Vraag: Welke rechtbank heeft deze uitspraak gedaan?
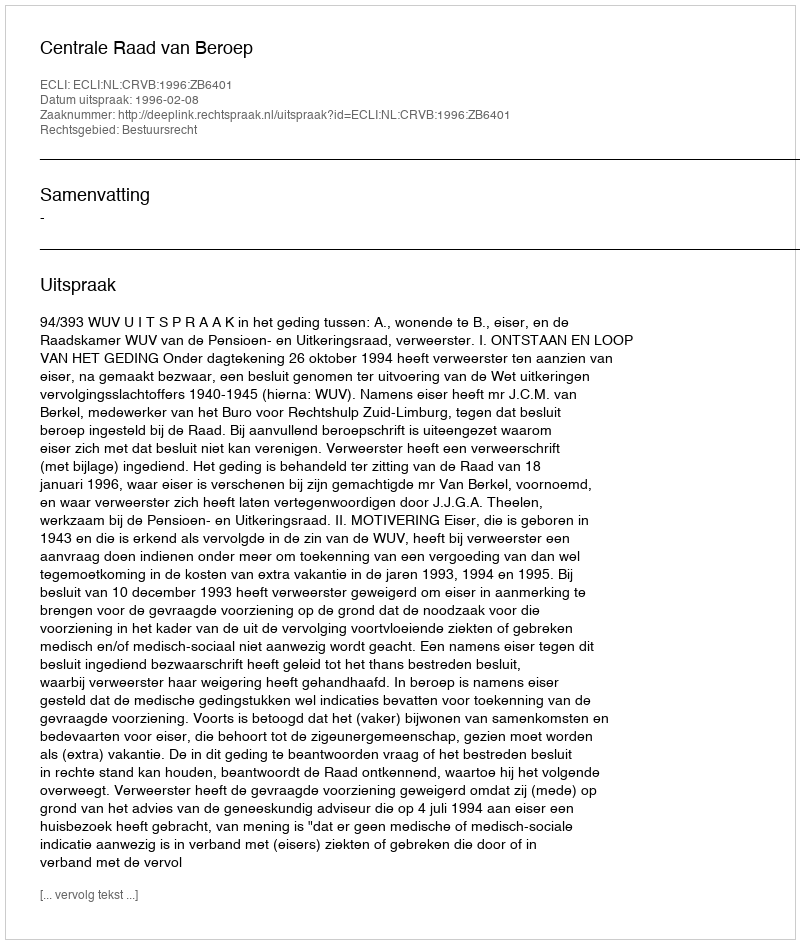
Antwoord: Centrale Raad van Beroep